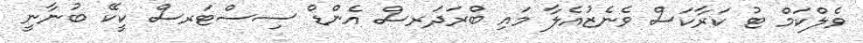
ވެލްކަމް ޓު ކަރާކަސް ވެނެޒުއެލާ މައި ބްރަދަރސް އެންޑް ސިސްޓަރސް ކީކޭ ބުނާނީ